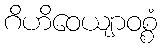
ဂိဟိဝေယျာဝစ္စံ